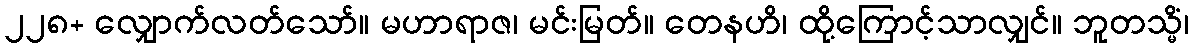
၂၂၈+ လျှောက်လတ်သော်။ မဟာရာဇ၊ မင်းမြတ်။ တေနဟိ၊ ထို့ကြောင့်သာလျှင်။ ဘူတသ္မိံ၊